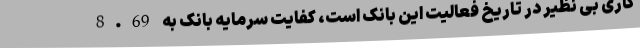
کاری بی نظیر در تاریخ فعالیت این بانک است، کفایت سرمایه بانک به 8.69